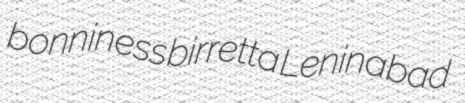
bonniness birretta Leninabad